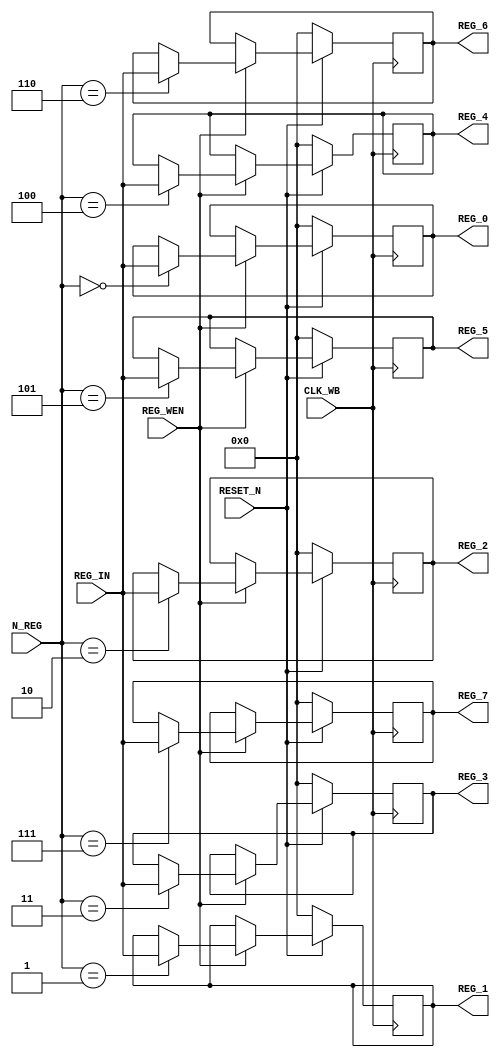
module reg_wb(
    input CLK_WB,
    input RESET_N,
    input[2:0] N_REG,
    input[15:0] REG_IN,
    input REG_WEN,
    output reg[15:0] REG_0,
    output reg[15:0] REG_1,
    output reg[15:0] REG_2,
    output reg[15:0] REG_3,
    output reg[15:0] REG_4,
    output reg[15:0] REG_5,
    output reg[15:0] REG_6,
    output reg[15:0] REG_7
);

    always @(posedge CLK_WB) begin
        if (RESET_N == 0) begin
            REG_0 <= 16'b0;
            REG_1 <= 16'b0;
            REG_2 <= 16'b0;
            REG_3 <= 16'b0;
            REG_4 <= 16'b0;
            REG_5 <= 16'b0;
            REG_6 <= 16'b0;
            REG_7 <= 16'b0;
        end
        else if (REG_WEN == 1) begin
            case (N_REG)
                3'b000: REG_0 <= REG_IN;
                3'b001: REG_1 <= REG_IN;
                3'b010: REG_2 <= REG_IN;
                3'b011: REG_3 <= REG_IN;
                3'b100: REG_4 <= REG_IN;
                3'b101: REG_5 <= REG_IN;
                3'b110: REG_6 <= REG_IN;
                3'b111: REG_7 <= REG_IN;
                default: ;// nothing to do
            endcase
        end
    end
endmodule